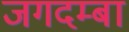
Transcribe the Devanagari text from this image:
जगदम्‍बा